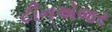
ટીનએજર